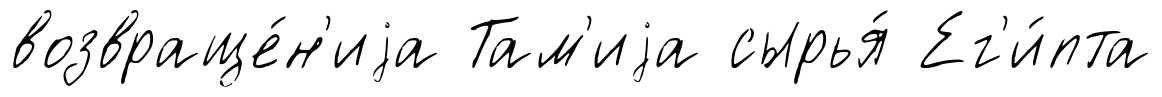
возвраще́н'иjа Там'иjа сырья́ Ег'и́пта